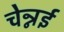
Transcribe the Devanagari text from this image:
चेन्नर्इ